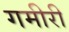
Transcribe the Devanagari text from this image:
गमीरी